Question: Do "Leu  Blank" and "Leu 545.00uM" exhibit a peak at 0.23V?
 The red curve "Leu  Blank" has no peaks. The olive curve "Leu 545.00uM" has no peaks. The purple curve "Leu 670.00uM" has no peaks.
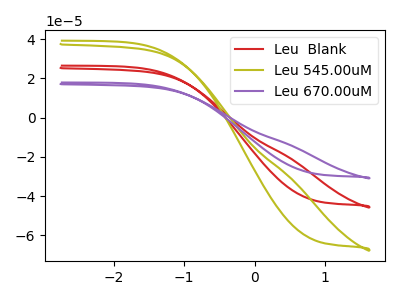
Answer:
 <answer>No, "Leu  Blank" and "Leu 545.00uM" dont share a peak at 0.23V.</answer>
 <eval>mismatch</eval>